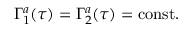
\Gamma _ { 1 } ^ { a } ( \tau ) = \Gamma _ { 2 } ^ { a } ( \tau ) = \mathrm { c o n s t } .